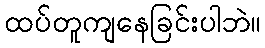
ထပ်တူကျနေခြင်းပါဘဲ။